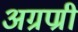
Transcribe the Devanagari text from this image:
अग्रण्री